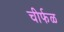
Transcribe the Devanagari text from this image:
चीर्फळ